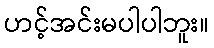
ဟင့်အင်းမပါပါဘူး။